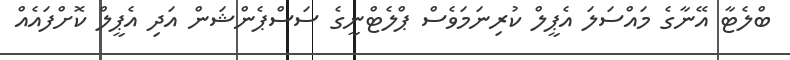
ބްލެޓާ އޭނާގެ މައްސަލަ އެޕީލް ކުރިނަމަވެސް ޕްލެޓްނީގެ ސަސްޕެންޝަން އަދި އެޕީލް ކޮށްފައެއް